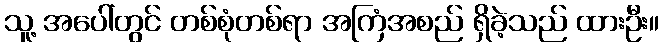
သူ့ အပေါ်တွင် တစ်စုံတစ်ရာ အကြံအစည် ရှိခဲ့သည် ထားဦး။